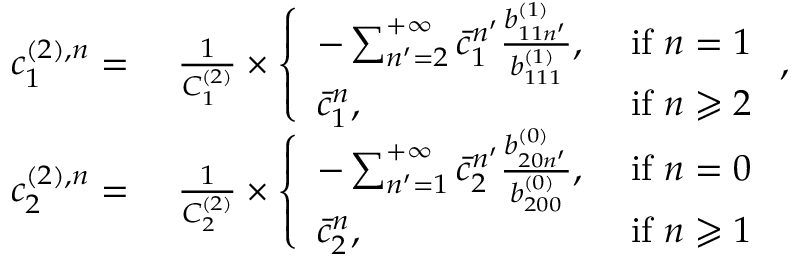
\begin{array} { r l } { c _ { 1 } ^ { ( 2 ) , n } = } & { \ \frac { 1 } { C _ { 1 } ^ { ( 2 ) } } \times \left\{ \begin{array} { l l } { - \sum _ { n ^ { \prime } = 2 } ^ { + \infty } \bar { c } _ { 1 } ^ { n ^ { \prime } } \frac { b _ { 1 1 n ^ { \prime } } ^ { ( 1 ) } } { b _ { 1 1 1 } ^ { ( 1 ) } } , } & { \mathrm { ~ i f ~ } n = 1 } \\ { \bar { c } _ { 1 } ^ { n } , } & { \mathrm { ~ i f ~ } n \geqslant 2 } \end{array} \right. , } \\ { c _ { 2 } ^ { ( 2 ) , n } = } & { \ \frac { 1 } { C _ { 2 } ^ { ( 2 ) } } \times \left\{ \begin{array} { l l } { - \sum _ { n ^ { \prime } = 1 } ^ { + \infty } \bar { c } _ { 2 } ^ { n ^ { \prime } } \frac { b _ { 2 0 n ^ { \prime } } ^ { ( 0 ) } } { b _ { 2 0 0 } ^ { ( 0 ) } } , } & { \mathrm { ~ i f ~ } n = 0 } \\ { \bar { c } _ { 2 } ^ { n } , } & { \mathrm { ~ i f ~ } n \geqslant 1 } \end{array} \right. } \end{array}